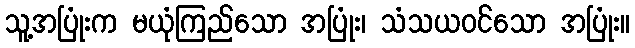
သူ့အပြုံးက မယုံကြည်သော အပြုံး၊ သံသယဝင်သော အပြုံး။